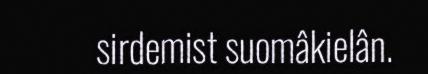
sirdemist suomâkielân.